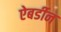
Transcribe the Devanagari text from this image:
ऐबर्डीन